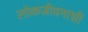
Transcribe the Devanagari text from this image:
लोकजीवनाशी